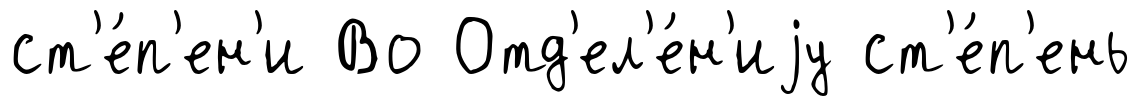
ст'е́п'ен'и Во Отд'ел'е́н'иjу ст'е́п'ень